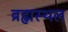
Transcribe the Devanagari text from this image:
ब्रह्मस्थल